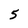
Character: 5